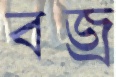
বজ্র